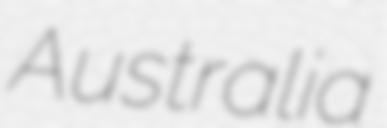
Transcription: Australia